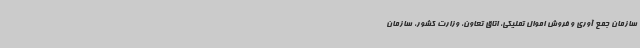
سازمان جمع آوری و فروش اموال تملیکی، اتاق تعاون، وزارت کشور، سازمان